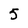
Character: 5